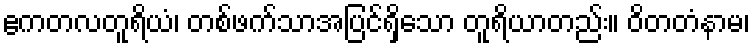
ဧကတလတူရိယံ၊ တစ်ဖက်သာအပြင်ရှိသော တူရိယာတည်း။ ဝိတတံနာမ၊